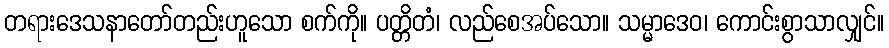
တရားဒေသနာတော်တည်းဟူသော စက်ကို။ ပတ္တိတံ၊ လည်စေအပ်သော။ သမ္မာဒေဝ၊ ကောင်းစွာသာလျှင်။